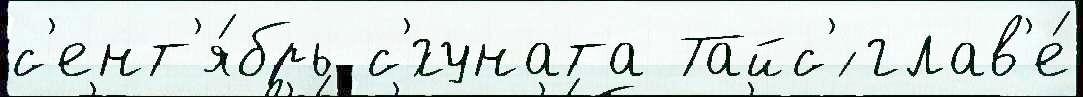
с'ент'я́брь с'́гуната Тайс'́ глав'е́